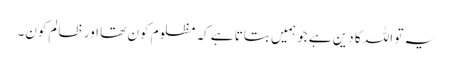
یہ تو اللہ کا دین ہے جو ہمیں بتاتا ہے کہ مظلوم کون تھا اور ظالم کون۔